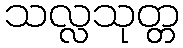
သလ္လသုတ္တ